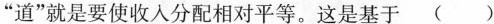
”道”就是要使收入分配相对平等。这是基于 ( )